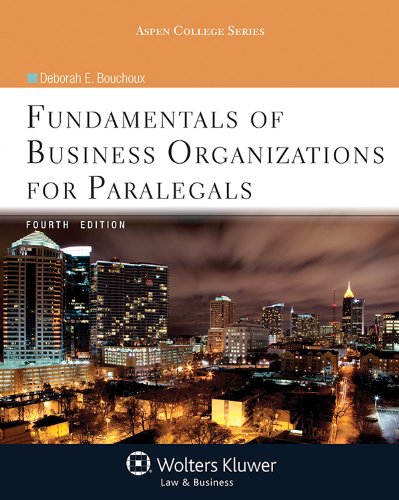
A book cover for Fundamentals of Business Organizations for Paralegals, Fourth Edition (Aspen College); Deborah E. Bouchoux; Law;